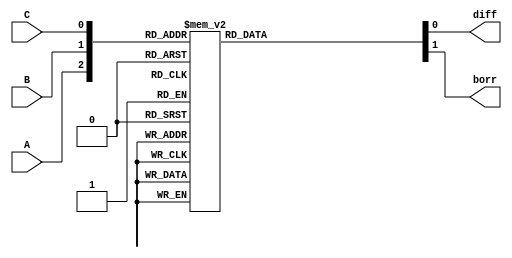
//behavioural modelling for Full Subtractor

module exp_beh(diff, borr, A, B, C);
input A, B, C; output diff, borr;
reg diff, borr;
always @ (A or B or C)
begin
case ({A, B, C})
3'b000 : begin diff = 0; borr = 0; end
3'b001 : begin diff = 1; borr = 1; end
3'b010 : begin diff = 1; borr = 1; end
3'b011 : begin diff = 0; borr = 1; end
3'b100 : begin diff = 1; borr = 0; end
3'b101 : begin diff = 0; borr = 0; end
3'b110 : begin diff = 0; borr = 0; end
3'b111 : begin diff = 1; borr = 1; end
endcase
end
endmodule